Civil Veterinary Dept. Bombay admin report 1923-31 - 1923-1931
Year: 1923
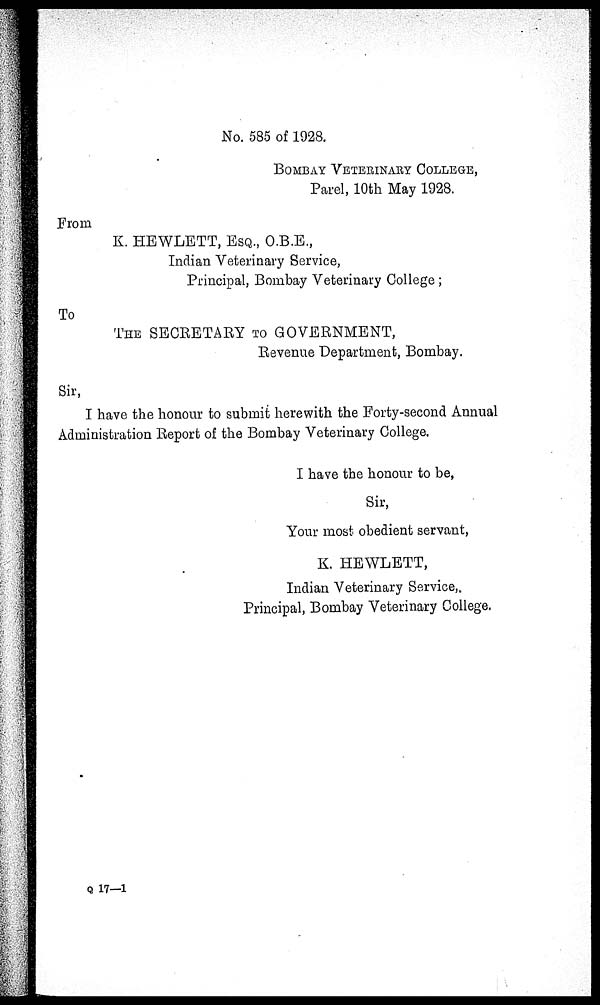
No. 585 of 1928.
BOMBAY VETERINARY COLLEGE,
Parel, 10th May 1928.
From
K. HEWLETT, ESQ., O.B.E.,
Indian Veterinary Service,
Principal, Bombay Veterinary College;
To
THE SECRETARY TO GOVERNMENT,
Revenue Department, Bombay.
Sir,
I have the honour to submit herewith the Forty-second Annual
Administration Report of the Bombay Veterinary College.
I have the honour to be,
Sir,
Your most obedient servant,
K. HEWLETT,
Indian Veterinary Service,
Principal, Bombay Veterinary College.
Q 17—1